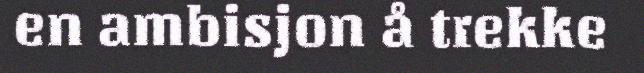
en ambisjon å trekke